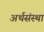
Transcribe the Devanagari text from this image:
अर्थसंस्था